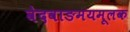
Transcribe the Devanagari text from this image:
वेदवाङमयमूलक